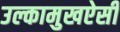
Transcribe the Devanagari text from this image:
उल्कामुखऐसी